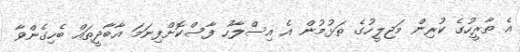
އެ ތާރީހުގެ ކުރިން މަޖިލީހުގެ ތަޅުމުން އެ އިސްލާހު ފާސްކޮށްފިނަމަ އާބާދީތައް ބެހިގެންވާ